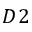
D 2